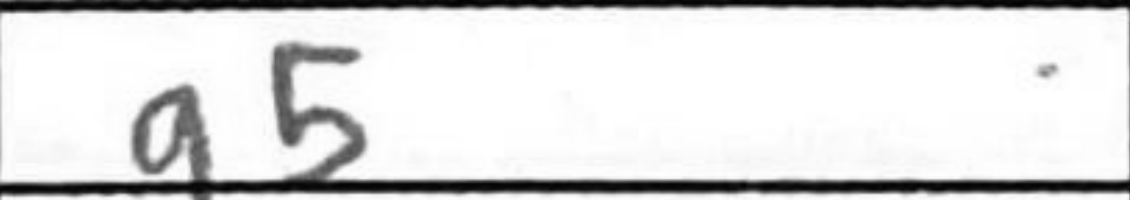
Transcription: g5